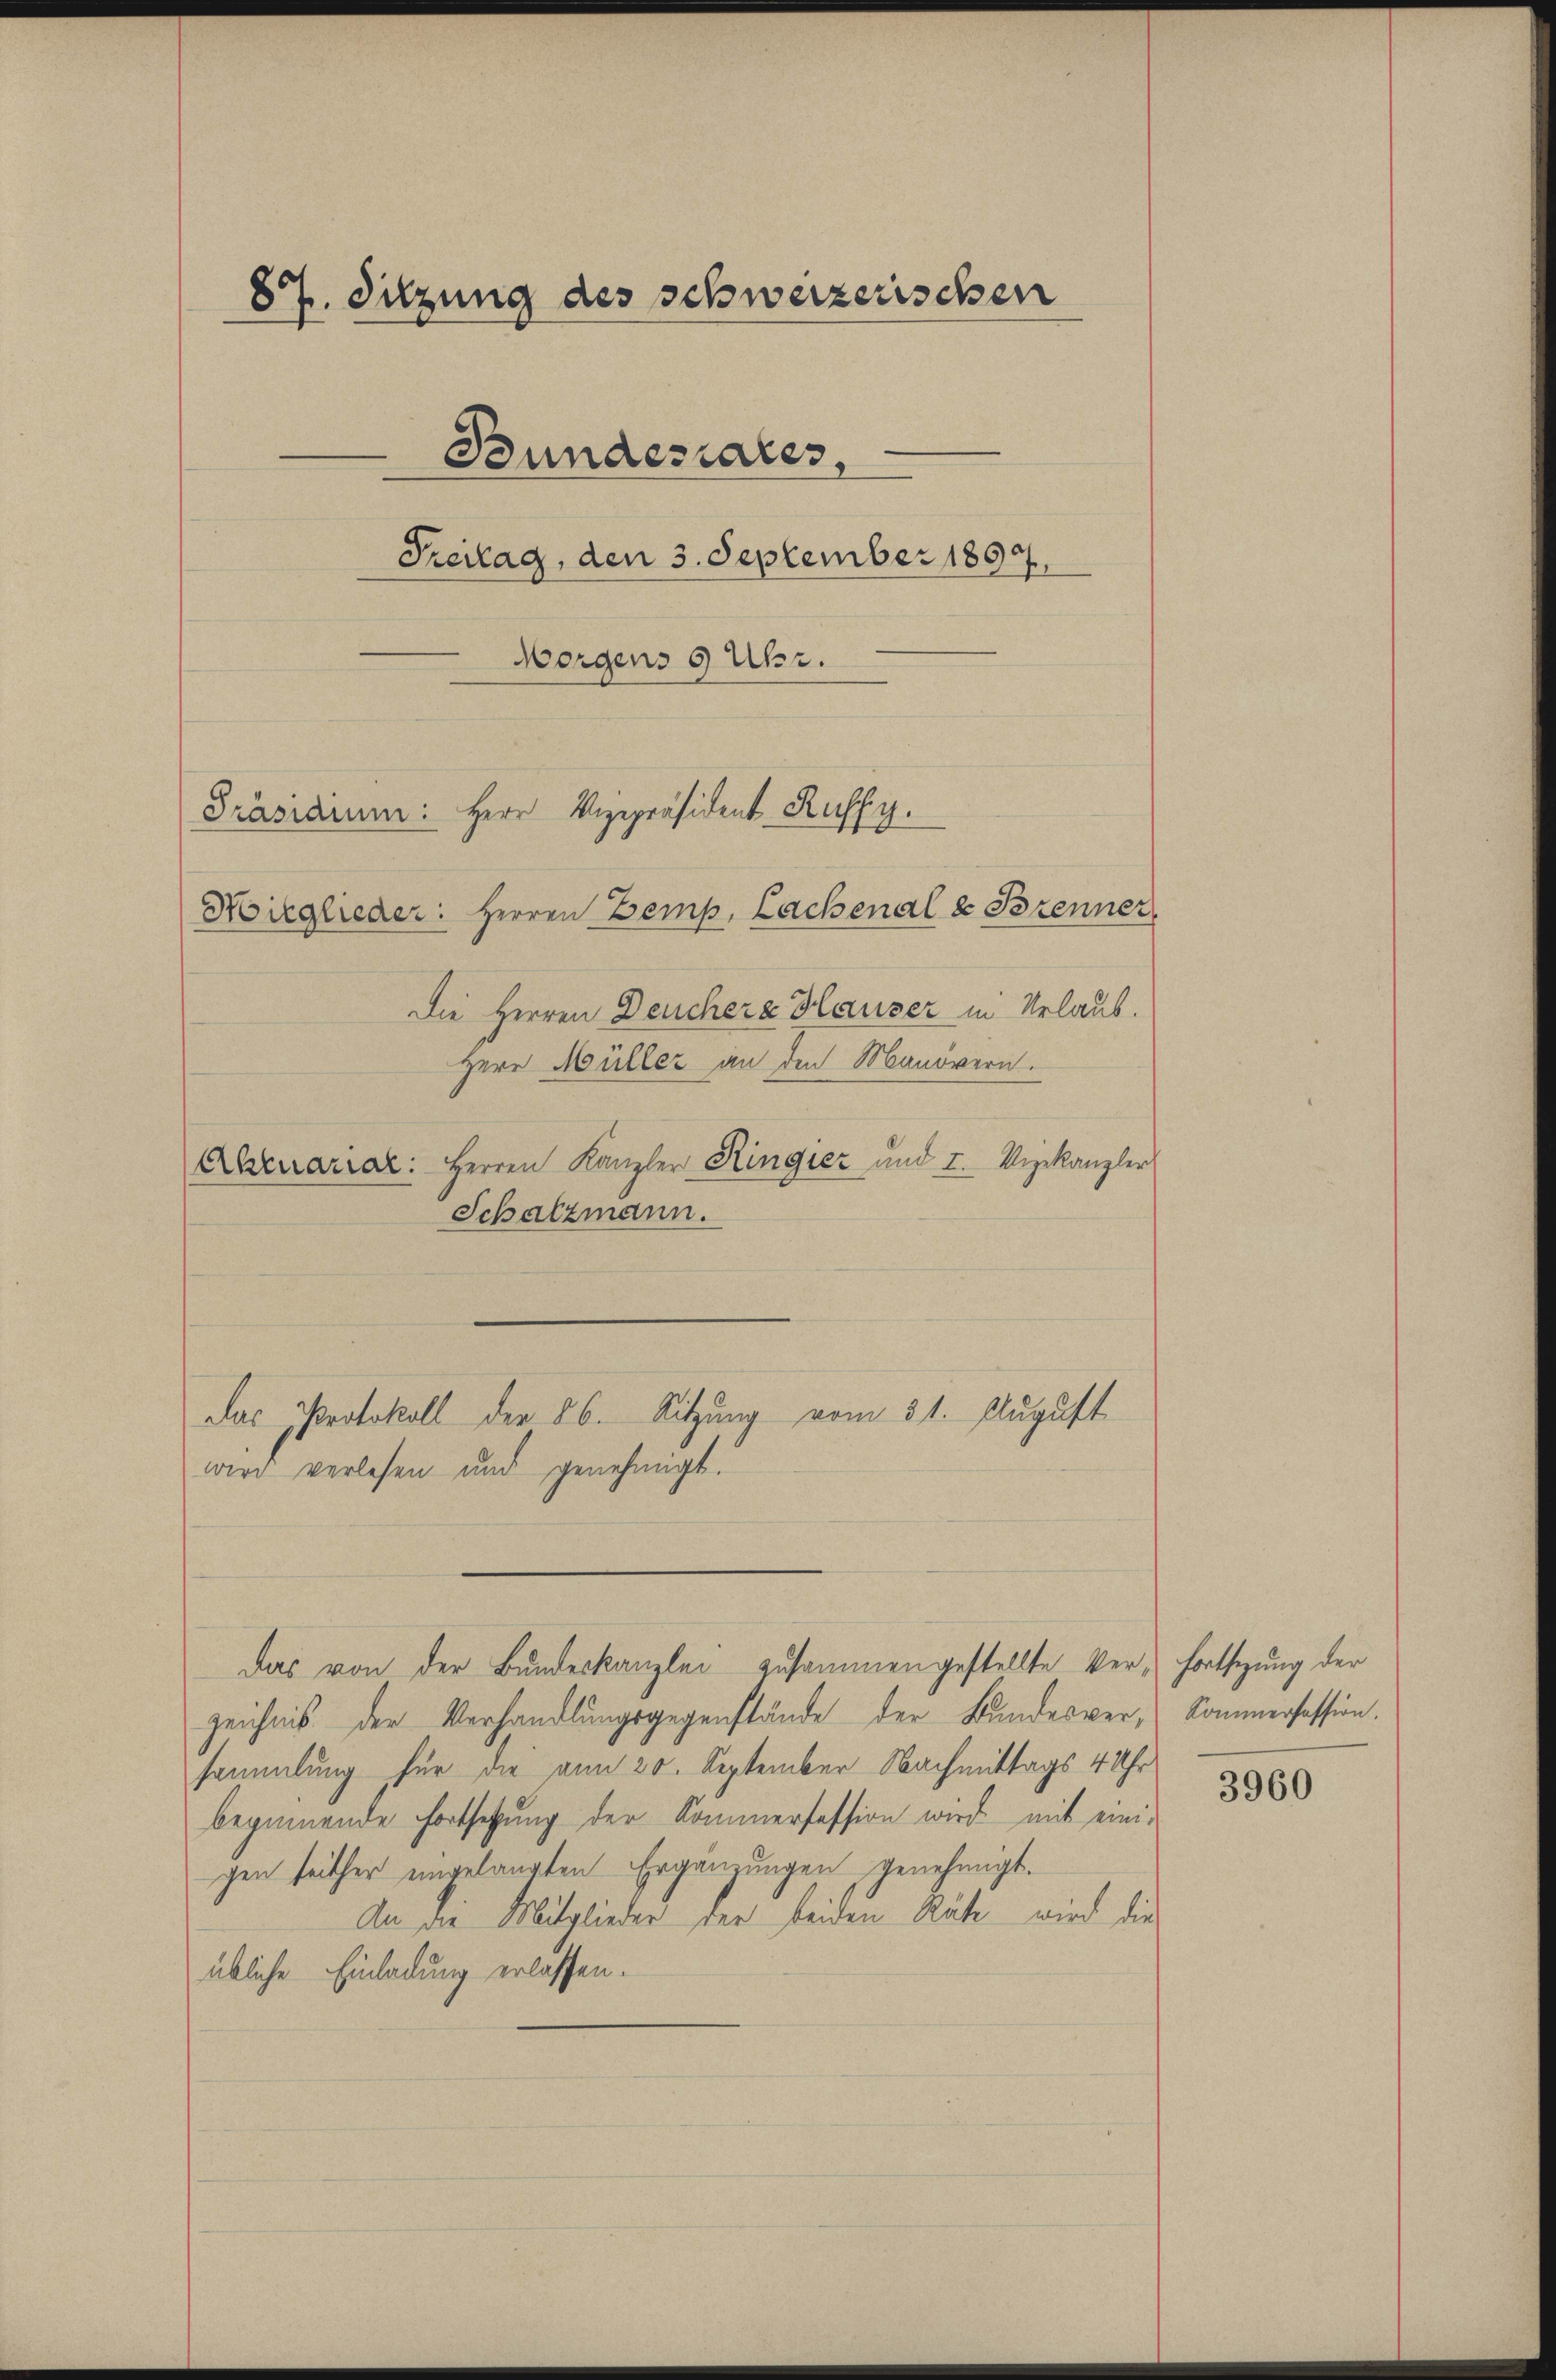
87. Sitzung des schweizerischen
Bundesrates,
Freitag, den 3. September 1897.
Morgens 9 Uhr.
Präsidium: Herr Vizepräsident Kussy.

Die Herren Deuchere Hauser in Urlaub.
Herr Müller an den Manövern.
Ehruarial: Herren Kanzler Ringier und 2. Vizekanzler
Schatzmann.
wird verlesen und genehmigt.
Das von der Bŭndeskanzlei zusammengestellte Ver-Fortsetzung der
zeichnis der Verhandlŭngsgegenstände der Bundesver-Sommersession.
sammlung für die am 20. September Nachmittags 4 Uhr
beginnende Fortsetzung der Kommerfession wird mit einigen seither eingelangten Ergänzungen genehmigt.
An die Mitglieder der beiden Räte wird die
übliche Einladung erlassen.

Hirglieder: Herren Zemp, Lachenal & Brenner

Das Protokoll der 86. Sitzung vom 31. August

3960